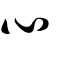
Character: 心